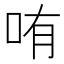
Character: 哊